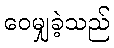
ဝေမျှခဲ့သည်